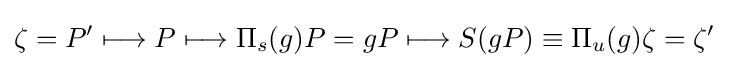
\zeta =P'\longmapsto P\longmapsto \Pi _{s}(g)P=gP\longmapsto S(gP)\equiv \Pi _{u}(g)\zeta =\zeta '